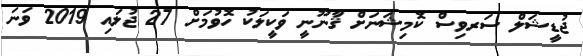
ޖުޑީޝަލް ސަރވިސް ކޮމިޝަނަށް ޤާނޫނީ ވަކީލަކު ހޮވުމަށް 27 ޖުލައި 2019 ވަނަ